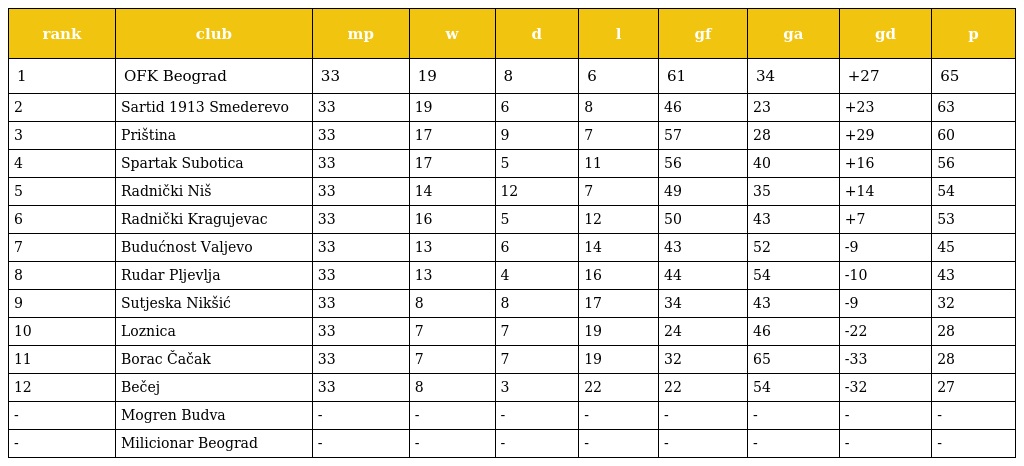
| rank | club | mp | w | d | l | gf | ga | gd | p |
 | --- | --- | --- | --- | --- | --- | --- | --- | --- | --- |
 | 1 | OFK Beograd | 33 | 19 | 8 | 6 | 61 | 34 | +27 | 65 |
 | 2 | Sartid 1913 Smederevo | 33 | 19 | 6 | 8 | 46 | 23 | +23 | 63 |
 | 3 | Priština | 33 | 17 | 9 | 7 | 57 | 28 | +29 | 60 |
 | 4 | Spartak Subotica | 33 | 17 | 5 | 11 | 56 | 40 | +16 | 56 |
 | 5 | Radnički Niš | 33 | 14 | 12 | 7 | 49 | 35 | +14 | 54 |
 | 6 | Radnički Kragujevac | 33 | 16 | 5 | 12 | 50 | 43 | +7 | 53 |
 | 7 | Budućnost Valjevo | 33 | 13 | 6 | 14 | 43 | 52 | -9 | 45 |
 | 8 | Rudar Pljevlja | 33 | 13 | 4 | 16 | 44 | 54 | -10 | 43 |
 | 9 | Sutjeska Nikšić | 33 | 8 | 8 | 17 | 34 | 43 | -9 | 32 |
 | 10 | Loznica | 33 | 7 | 7 | 19 | 24 | 46 | -22 | 28 |
 | 11 | Borac Čačak | 33 | 7 | 7 | 19 | 32 | 65 | -33 | 28 |
 | 12 | Bečej | 33 | 8 | 3 | 22 | 22 | 54 | -32 | 27 |
 | - | Mogren Budva | - | - | - | - | - | - | - | - |
 | - | Milicionar Beograd | - | - | - | - | - | - | - | - |